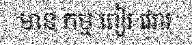
មាន កម្ម ពៀរ វេរារ